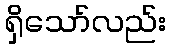
ရှိသော်လည်း